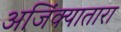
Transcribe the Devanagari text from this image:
अजिंक्यातारा